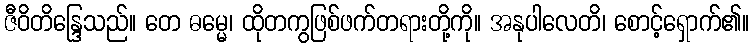
ဇီဝိတိန္ဒြေသည်။ တေ ဓမ္မေ၊ ထိုတကွဖြစ်ဖက်တရားတို့ကို။ အနုပါလေတိ၊ စောင့်ရှောက်၏။